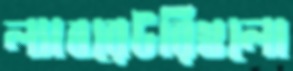
ল্যাবরেটরিগুলো